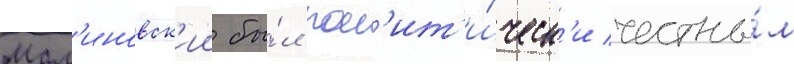
Мал'иновск'ии бы́л пол'ит'и́ческ'и честны́м